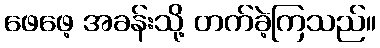
ဖေဖေ့ အခန်းသို့ တက်ခဲ့ကြသည်။